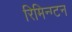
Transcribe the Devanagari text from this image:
रिमिन्ग्टन